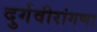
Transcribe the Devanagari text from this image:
दुर्गवीरांगणा